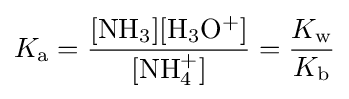
K_{\mathrm {a} }={\frac {\mathrm {[NH_{3}][H_{3}O^{+}]} }{\mathrm {[NH_{4}^{+}]} }}={\frac {K_{\mathrm {w} }}{K_{\mathrm {b} }}}